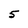
Character: 5